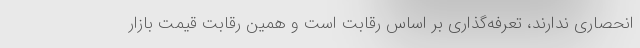
انحصاری ندارند، تعرفه‌گذاری بر اساس رقابت است و همین رقابت قیمت بازار